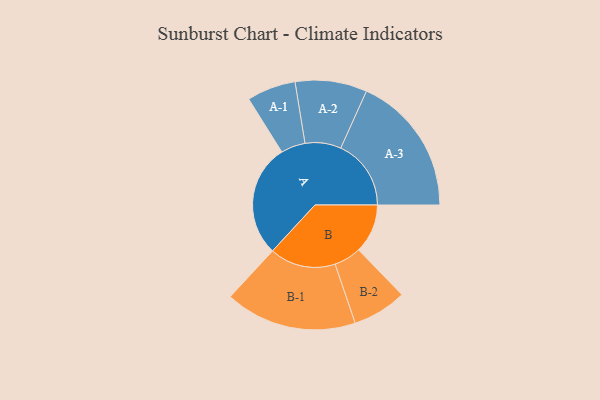
{"axis": {"x": "Segment", "y": "Value"}, "legend": ["", "A", "B"], "data": [{"x": "A", "y": 461, "type": ""}, {"x": "B", "y": 201, "type": ""}, {"x": "A-1", "y": 100, "type": "A"}, {"x": "A-2", "y": 147, "type": "A"}, {"x": "A-3", "y": 288, "type": "A"}, {"x": "B-1", "y": 270, "type": "B"}, {"x": "B-2", "y": 111, "type": "B"}]}